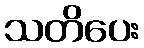
သတိပေး